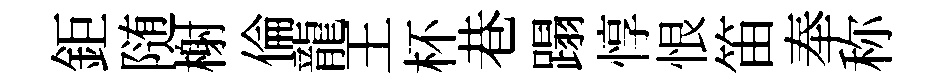
鉅随榭倫龍王杯巷蹋惇恨笛奉称